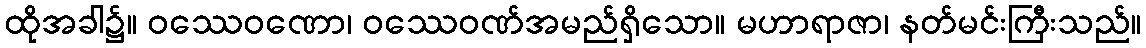
ထိုအခါ၌။ ဝဿေဝဏော၊ ဝဿေဝဏ်အမည်ရှိသော။ မဟာရာဇာ၊ နတ်မင်းကြီးသည်။